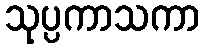
သုပ္ပကာသကာ